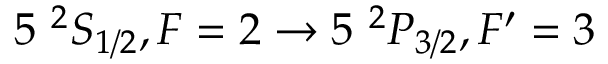
5 ~ ^ { 2 } S _ { 1 / 2 } , F = 2 \rightarrow 5 ~ ^ { 2 } P _ { 3 / 2 } , F ^ { \prime } = 3